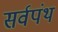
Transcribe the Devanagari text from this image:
सर्वपंथ